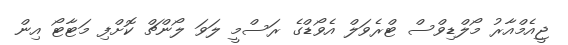
ޖީއެމްއާރު މޯލްޑިވްސް ޓްރެވަލް އެވޯޑްގެ ރަސްމީ ލަވަ ލޯންޗް ކޮށްފި މަޓާޓޯ އިން